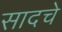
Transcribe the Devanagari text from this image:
सादचे